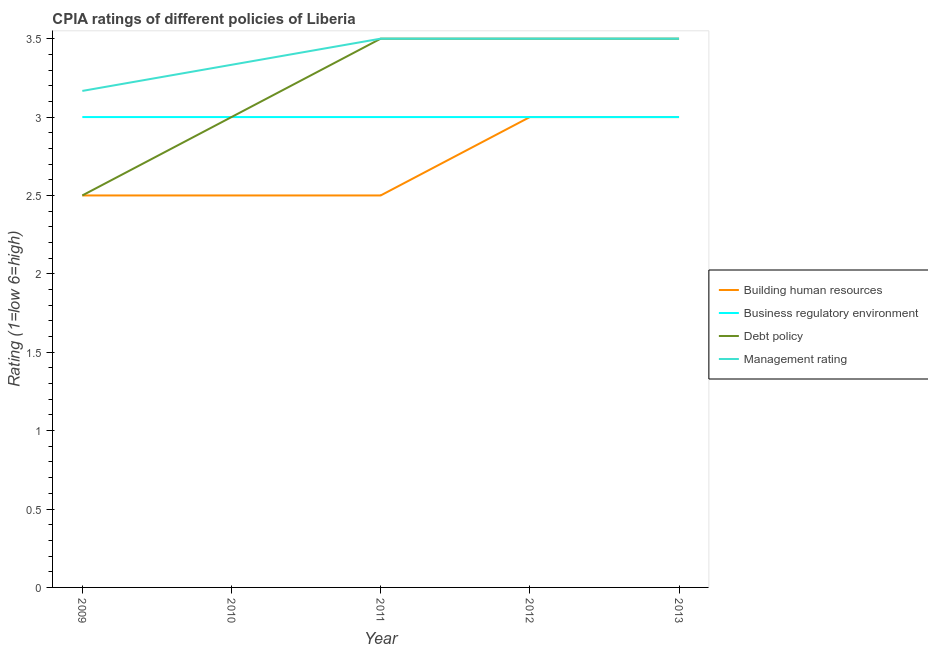
| Year | Building human resources | Business regulatory environment | Debt policy | Management rating |
 | --- | --- | --- | --- | --- |
 | 2009 | 2.5 | 3 | 2.5 | 3.17 |
 | 2010 | 2.5 | 3 | 3 | 3.33 |
 | 2011 | 2.5 | 3 | 3.5 | 3.5 |
 | 2012 | 3 | 3 | 3.5 | 3.5 |
 | 2013 | 3 | 3 | 3.5 | 3.5 |